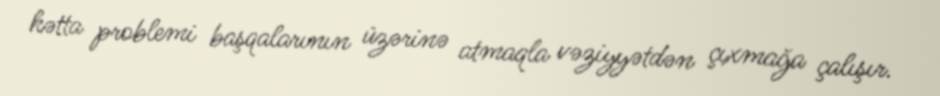
hətta problemi başqalarının üzərinə atmaqla vəziyyətdən çıxmağa çalışır.